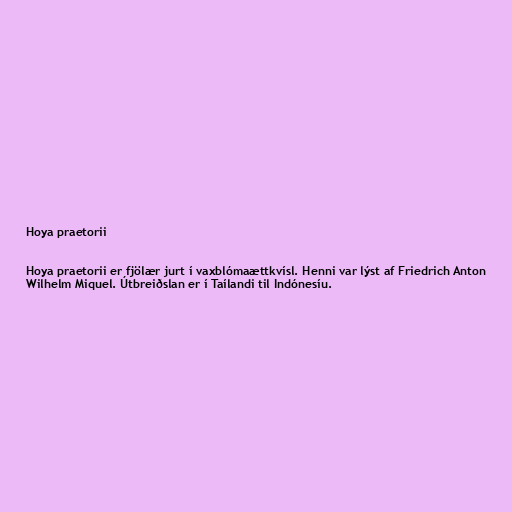
Hoya praetorii

Hoya praetorii er fjölær jurt í vaxblómaættkvísl. Henni var lýst af Friedrich Anton
Wilhelm Miquel. Útbreiðslan er í Taílandi til Indónesíu.